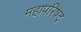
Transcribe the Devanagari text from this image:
महापरिषद